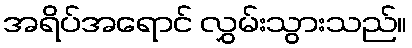
အရိပ်အရောင် လွှမ်းသွားသည်။